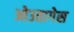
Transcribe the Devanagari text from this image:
ओउतागेस